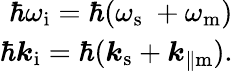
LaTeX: \begin{array}{r}{\hbar\omega_{\mathrm{i}}=\hbar(\omega_{\mathrm{s}}\ +\omega_{\mathrm{m}})}\\ {\hbar\boldsymbol{k}_{\mathrm{i}}=\hbar(\boldsymbol{k}_{\mathrm{s}}+\boldsymbol{k}_{\parallel\mathrm{m}}).}\end{array}